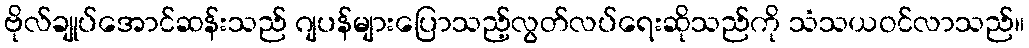
ဗိုလ်ချုပ်အောင်ဆန်းသည် ဂျပန်များပြောသည့်လွတ်လပ်ရေးဆိုသည်ကို သံသယဝင်လာသည်။